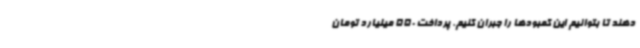
دهند تا بتوانیم این کمبودها را جبران کنیم. پرداخت 550 میلیارد تومان